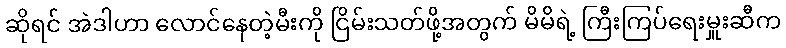
ဆိုရင် အဲဒါဟာ လောင်နေတဲ့မီးကို ငြိမ်းသတ်ဖို့အတွက် မိမိရဲ့ ကြီးကြပ်ရေးမှူးဆီက